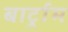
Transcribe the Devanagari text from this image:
बार्ट्राम